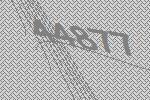
44877